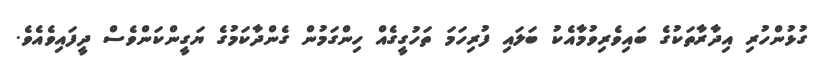
ގުޅުންހުރި އިދާރާތަކުގެ ބައިވެރިވުމާއެކު ބަލައި ފުރިހަމަ ތަހުގީގެއް ހިންގަމުން ގެންދާކަމުގެ ޔަގީންކަންވެސް ދީފައިވެއެވެ.